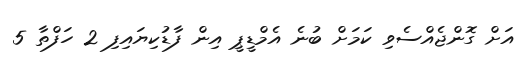
އަށް ގޮންޖެއްސެވި ކަމަށް ބުނެ އެމްޑީޕީ އިން ފާޑުކިޔައިފި 2 ހަފްތާ 5